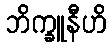
ဘိက္ခူနီဟိ